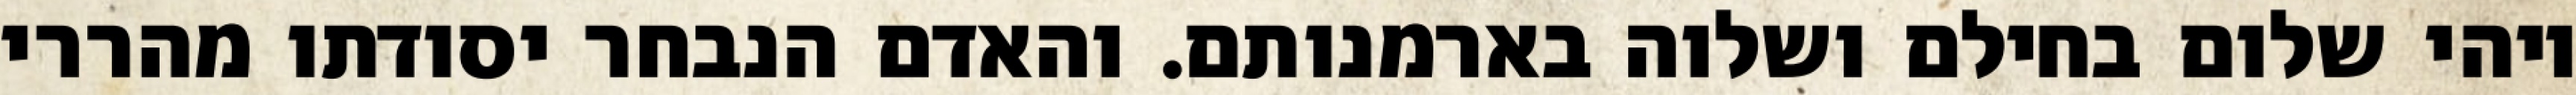
ויהי שלום בחילם ושלוה בארמנותם. והאדם הנבחר יסודתו מהררי